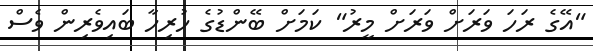
"އޭގެ ރަހަ ވަރަށް ވަރަށް މީރު" ކަމަށް ބޭންޑުގެ ހުރިހާ ބައިވެރިން ވެސް